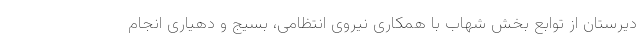
دیرستان از توابع بخش شهاب با همکاری نیروی انتظامی، بسیج و دهیاری انجام